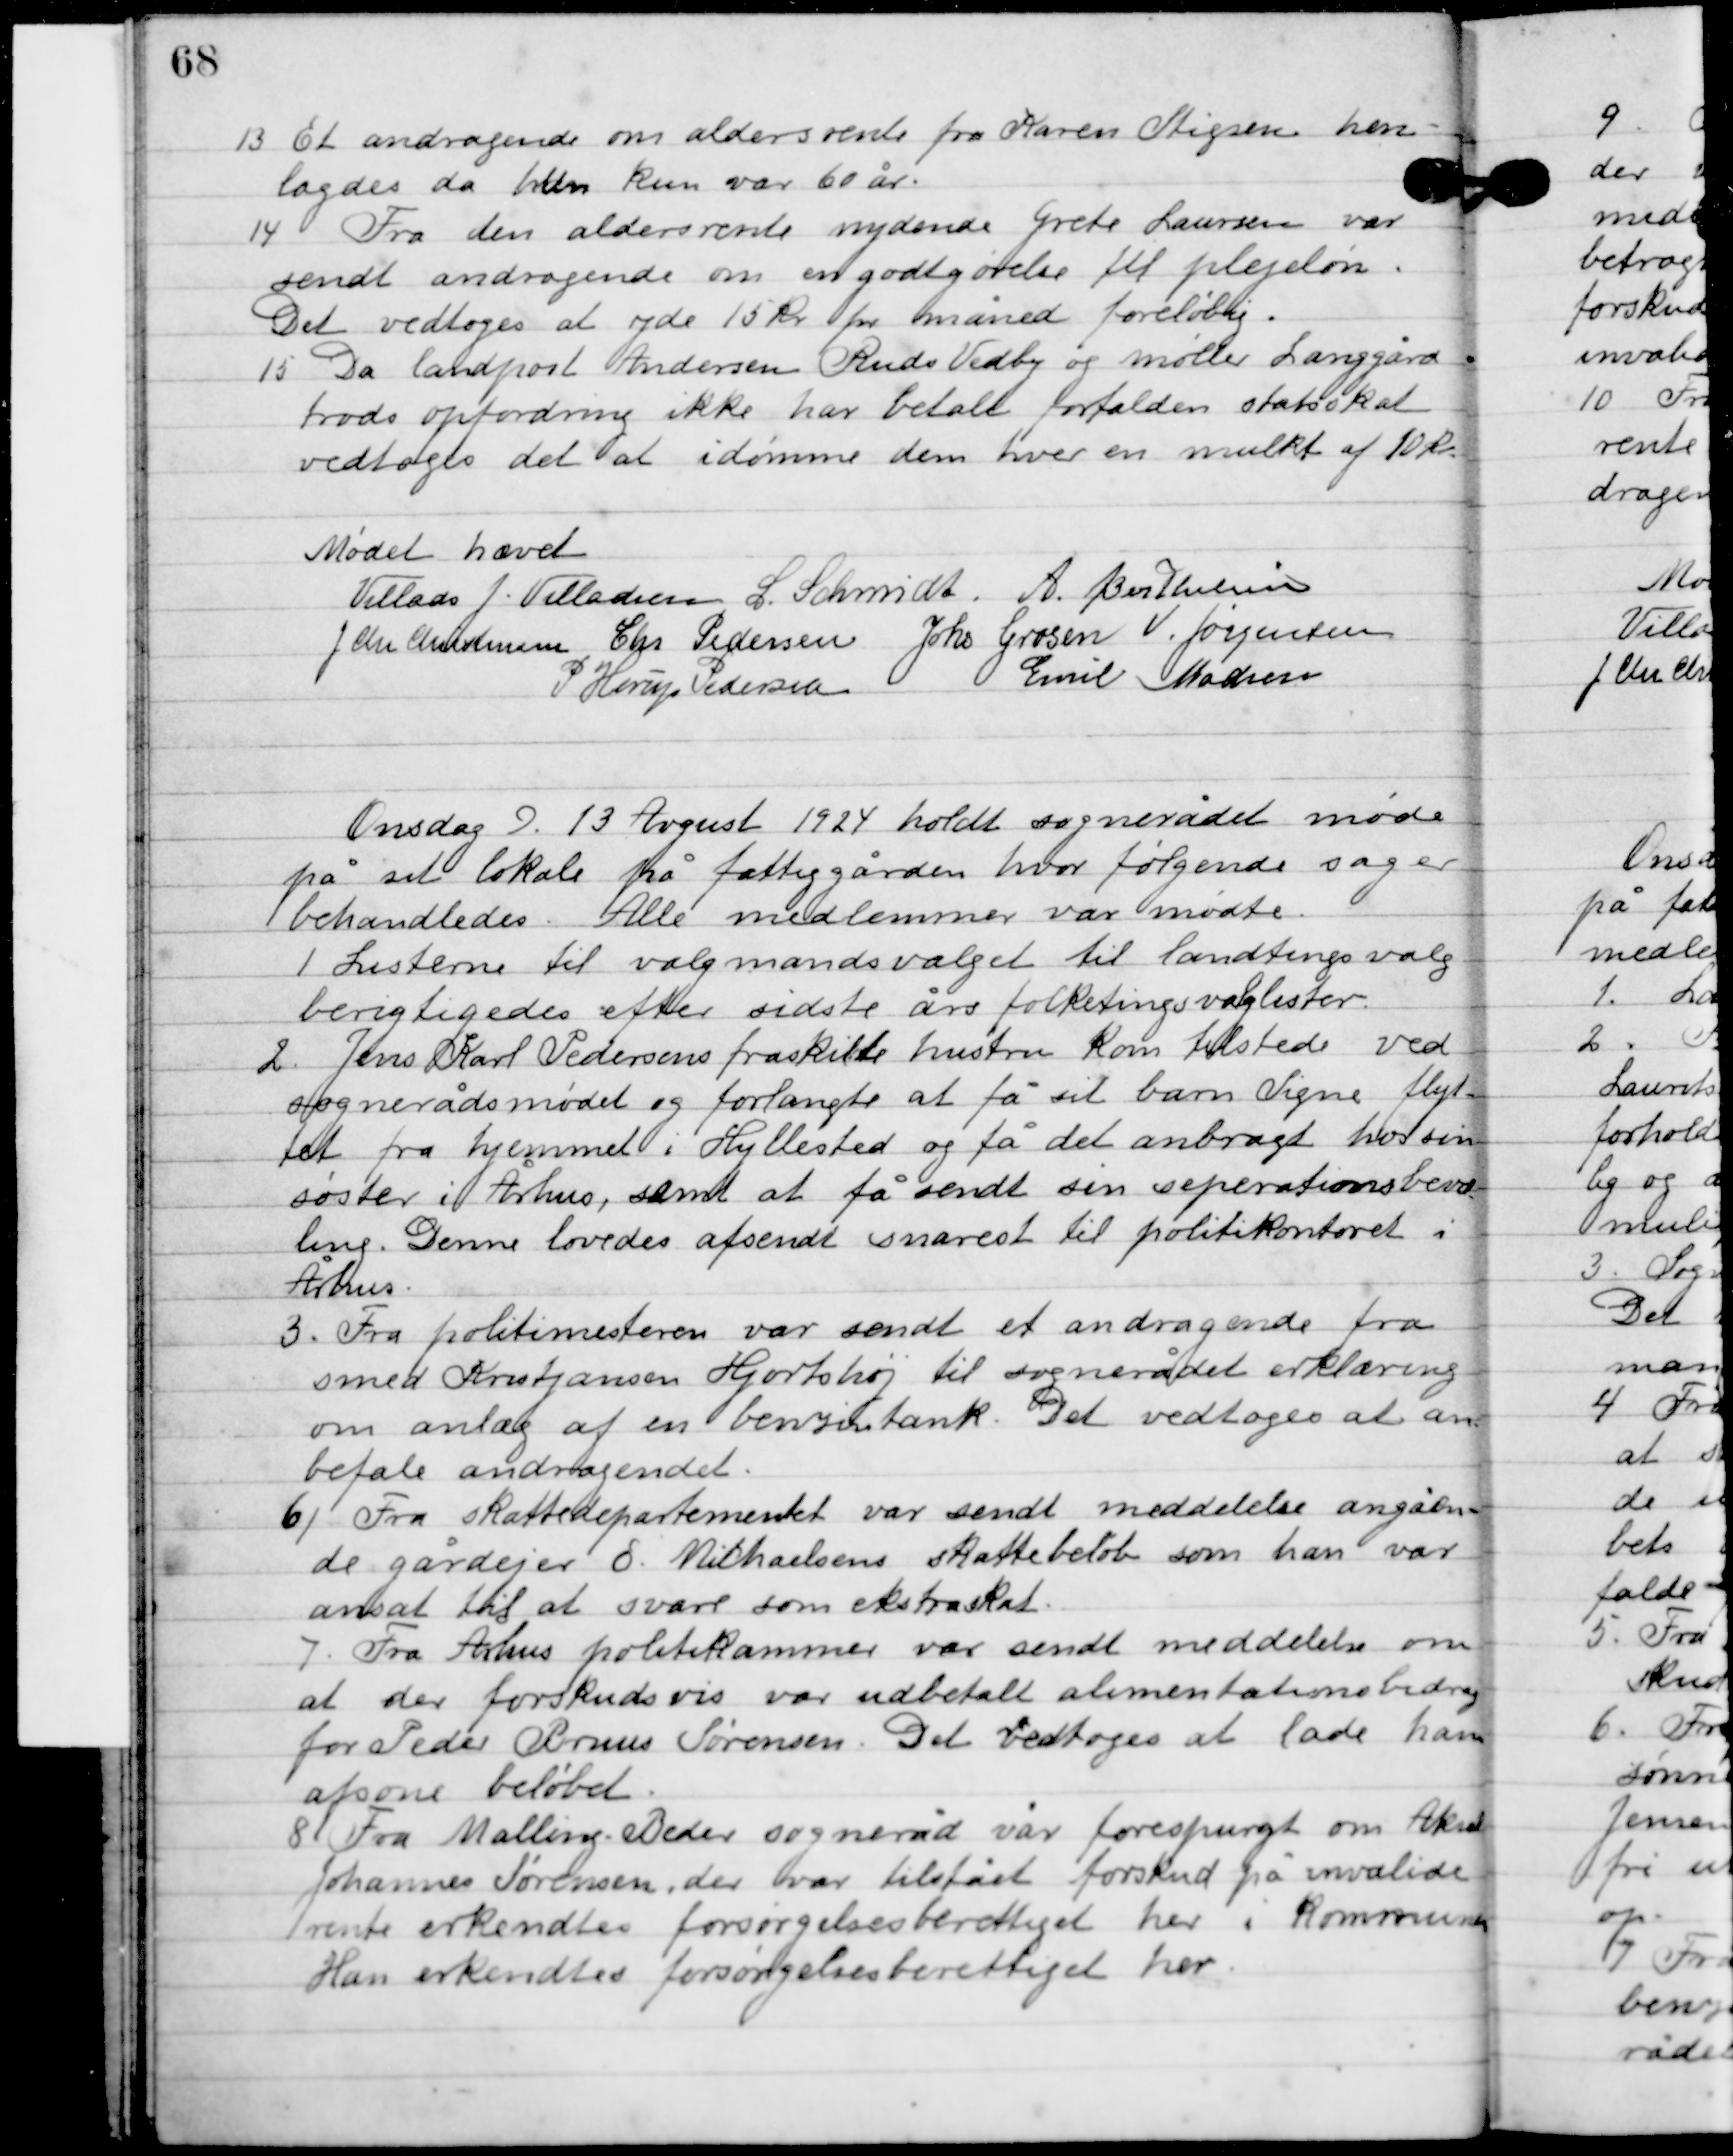
Transskription:
13

Et andragende om aldersrente fra Karen Stigsen hen-
lagdes da hun kun var 60 år.

14

Fra den aldersrente nydende Grete Laursen var
 sendt andragende om en godtgørelse til plejeløn.
Det vedtoges at yde 15 kr. pr. måned foreløbig.

15

Da landpost Andersen Ruds Vedby og Møller Langgård
trods opfordring ikke har betalt forfalden statsskat
vedtoges det at idømme dem hver en mulkt af 10 kr.

Mødet hævet

Villads J. Villadsen
l. Schmidt
A. Berthelsen
J. Chr. Christensen
Chr. Pedersen
Johs. Grosen
V. Jørgensen
P. Horup Pedersen
Emil Madsen

Onsdag D. 13. August 1924 holdt sognerådet møde
på sit lokale på fattiggården, hvor følgende sager
behandledes. Alle medlemmer var mødte.

1

Listerne til valgmandsvalget til landtings valg
berigtigedes efter sidste års folketingsvalglister.

2

Jens Karl Pedersens fraskilte hustru kom tilstede ved
sognerådsmødet og forlangte at få sit barn Signe flyt-
tet fra hjemmet i Hyllested og få det anbragt hos sin
søster i Århus, samt at få sendt sin separationsbevil-
ling. Denne lovedes afsendt snarest til politikontoret i
Århus.

3

Fra politimesteren var sendt et andragende fra
smed Kristjansne Hjortshøj til sognerådet erklæring
om anlæg af en benzintank. Det vedtoges at an-
befale andragendet.

4

Fra skattedepartement var sendt meddelelse angåen-
de gårdejer E. Michaelsens skattebeløb som han var
ansat til at svare som ekstraskat.

5

Fra Århus politikammer var sendt meddelelse om
at der forskudsvis var udbetalt alimentationsbidrag
for Peder Bruus Sørensen. Det vedtoges at lade ham
afsone beløbet.

6

Fra Malling, Beder sogneråd var forespurgt om Aksel
Johannes Sørensen, der var tilstået forskud på invalide
rente erkendtes forsørgelsesberettiget her i kommunen.
Han erkendtes forsørgelsesberettiget her.